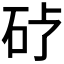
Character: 𪿒